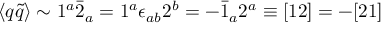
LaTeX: \langle q \tilde { q } \rangle \sim 1 ^ { a } \bar { 2 } _ { a } = 1 ^ { a } \epsilon _ { a b } 2 ^ { b } = - \bar { 1 } _ { a } 2 ^ { a } \equiv [ 1 2 ] = - [ 2 1 ]